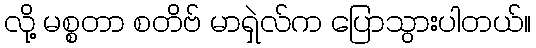
လို့ မစ္စတာ စတိဗ် မာရှဲလ်က ပြောသွားပါတယ်။